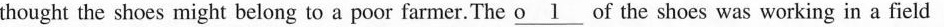
thought the shoes might belong to a poor farmer. The \underline{o1}of the shoes was working in a field